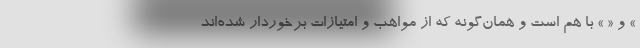
» و « » با هم است و همان‌گونه که از مواهب و امتیازات برخوردار شده‌اند